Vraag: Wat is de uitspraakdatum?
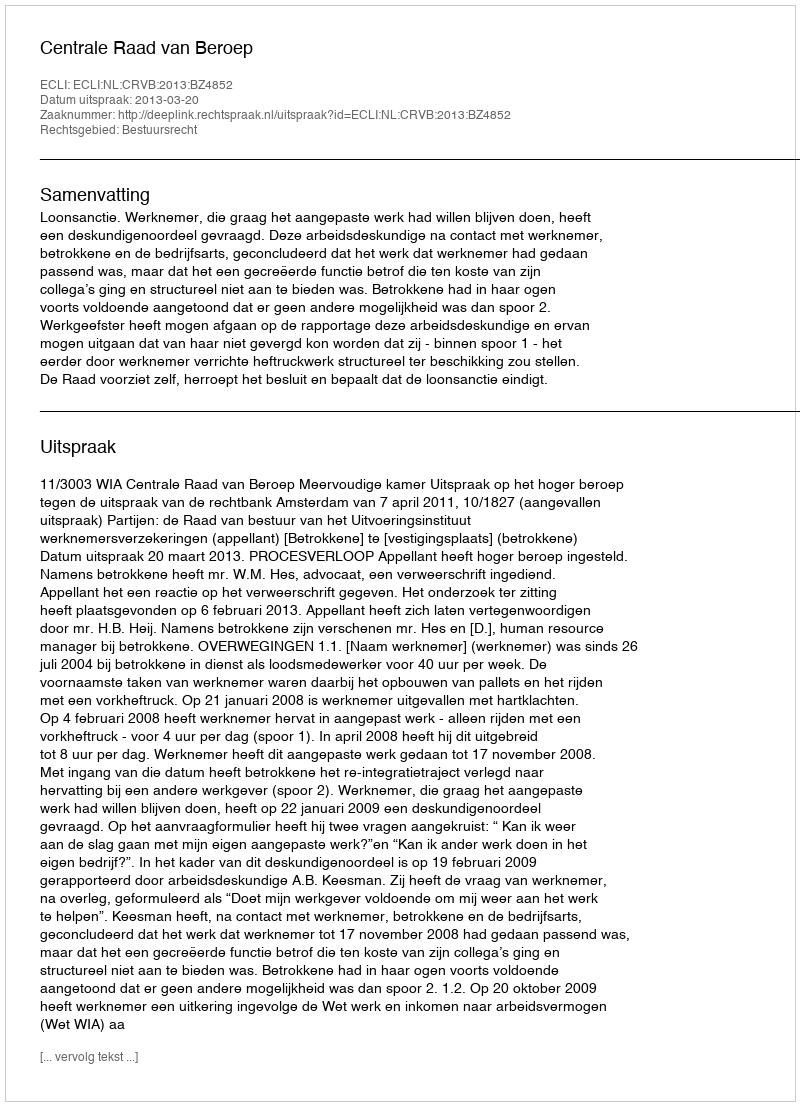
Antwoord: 2013-03-20